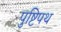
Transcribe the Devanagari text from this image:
पुष्टिपथ